Annual report on the working of the mental hospitals in the Madras Presidency - 1912-1932
Year: 1912
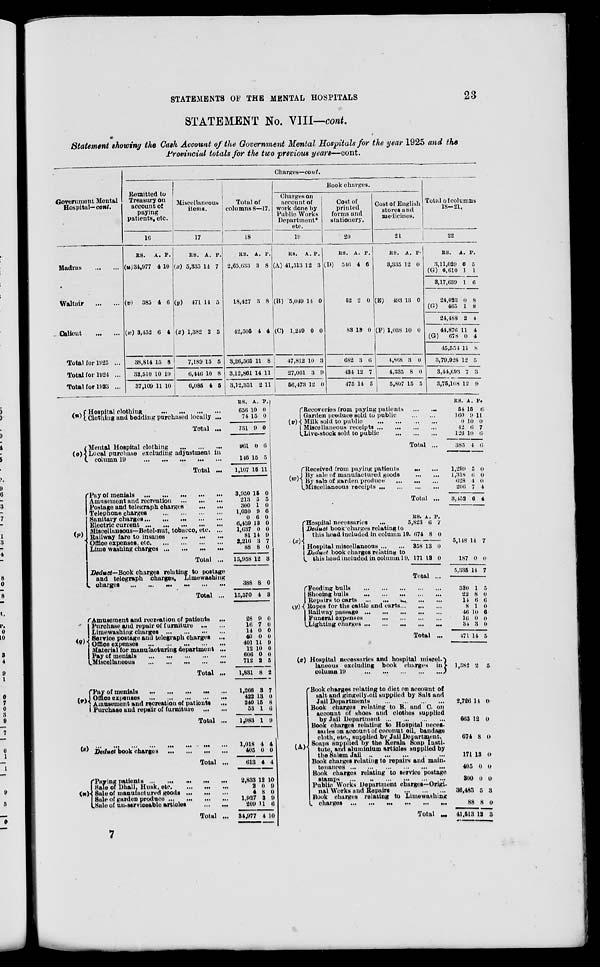
STATEMENTS OF THE MENTAL HOSPITALS
23
STATEMENT No. VIII—cont.
Statement showing the Cash Account of the Government Mental Hospitals for the year 1925 and the
Provincial totals for the two previous years—cont.
Government Mental
Hospital— cont.
Madras
...
...
Waltair ... ...
Calicut
...
...
Total for 1925 ...
Total for 1924 ...
Total for 1923 ...
Charges—cont.
Remitted to
Treasury on
account of
paying
patients, etc.
16
RS.
(u) 34,977
A.
4
P.
10
(v)
385 4 6
(w) 3,452 6 4
38,814
32,510
37,109
15
10
11
8
10
10
Miscellaneous
items.
17
RS.
(x) 5,335
A.
14
P.
7
(y)
471
14
5
(z) 1,382 2 5
7,189
6,446
6,085
15
10
4
5
8
5
Total of
columns 8—17.
18
RS.
2,65,633
A.
3
P.
8
18,427 3 8
12,505 4 4
3,26,565
3,12,861
3,12,351
11
14
2
8
11
11
Book charges.
Charges on
account of
work done by
Public Works
Department*
etc.
19
RS.
(A) 41,513
A.
12
P.
3
(B) 5,049 14 0
(C) 1,240 0 0
47,812
27,061
56,473
10
3
12
3
9
0
Cost of
printed
forms and
stationery.
20
RS.
(D)
546
A.
4
P.
6
52 2 0
83 13 0
682
434
475
3
12
14
6
7
5
Cost of English
stores and
medicines.
21
RS.
3,335
A.
12
P.
0
(E)
493 13 0
(F) 1,038 10 0
4,868
4,335
5,807
3
8
15
0
0
5
Total of columns
18—21.
22
RS.
3,11,029
(G) 6,610
3,17,639
24,023
(G)
465
24,488
44,876
(G)
678
45,554
3,79,928
3,44,693
8,75,108
A.
0
1
1
0
1
2
11
6
11
12
7
12
P.
5
1
6
8
8
4
4
4
8
5
3
9
(n)
(o)
(p)
(q)
Hospital clothing
...
...
...
...
Clothing and bedding purchased locally ...
Total ...
Mental Hospital clothing
...
...
...
Local purchase excluding adjustment in
column 19
...
...
...
...
...
Total ...
Pay of menials
...
...
...
...
...
Amusement and recreation
...
...
...
Postage and telegraph charges
...
...
Telephone charges
...
...
...
...
Sanitary charges
...
...
...
...
...
Electric current
...
...
...
...
...
Miscellaneous—Betel-nut, tobacco, etc. ...
Railway fare to insanes
...
...
...
Office expenses,
etc.
...
...
...
...
Lime washing charges
...
...
...
...
Total ...
Deduct—Book
charges relating to postage
and telegraph
charges,
Limewashing
charges
...
...
...
...
...
...
...
Total ...
Amusement and recreation of patients ...
Purchase and repair of furniture
...
...
Limewashing charges
...
...
...
...
Service postage and telegraph charges
...
Office expenses
...
...
...
...
Material for manufacturing department ...
Pay of menials
...
...
...
...
...
Miscellaneous
...
...
...
...
...
Total ...
RS.
656
74
731
961
146
1,107
3,950
213
300
1,030
0
6,439
1,637
81
2,216
88
15,958
388
15,570
28
16
14
40
401
12
606
712
1,831
A.
10
15
9
0
l5
15
15
0
1
0
6
13
0
14
3
8
12
8
4
9
7
0
0
11
10
0
2
8
P.
0
0
0
6
5
11
0
5
0
6
0
0
0
9
7
0
3
0
3
0
0
0
0
9
0
0
5
2
(r)
(s)
(n)
Pay of menials
...
...
...
...
...
Office expenses
...
...
...
...
...
Amusement and recreation of patients ...
Purchase and repair of furniture
...
...
Total ...
...
...
...
...
...
...
...
Deduct book charges
...
...
...
...
Total ...
Paying patients
...
...
...
...
...
Sale of Dhall. Husk, etc
...
...
...
Sale of manufactured goods
...
...
...
Sale of garden produce
...
...
...
...
Sale of un-serviceable articles
...
...
Total ...
1,266
422
240
53
1,983
1,018
405
613
2,833
2
4
1,927
209
34,977
3
13
15
1
1
4
0
4
12
0
8
3
11
4
7
0
8
6
9
4
0
4
10
0
0
0
6
10
(v)
(w)
Recoveries from paying patients
...
...
Garden produce sold to public
...
...
Milk sold to public
...
...
...
...
Miscellaneous receipts ... ... ... ...
Live-stock sold to public
...
...
...
Total ...
Received from paying patients
... ...
By sale of manufactured goods
...
...
By sale of garden produce
...
...
...
Miscellaneous receipts
...
...
...
...
Total ...
RS.
54
160
0
42
126
385
1,299
1,318
628
206
3,452
A.
15
9
10
6
10
4
5
6
4
7
6
P.
6
11
0
7
6
6
0
0
0
4
4
(x)
Hospital necessaries ...
Deduct book charges relating to
this head included in column
Hospital miscellaneous
...
...
Deduct book charges relating to
this head included in column 19
RS.
5,823
19,674
A.
6
8
P.
7
0
358
171
13
13
0
0
Total ...
5,148 14 7
187
5,335
0
14
0
7
(y) Feeding bulls ... ... ... ... ...
Shoeing bulls
...
...
...
...
...
Repairs to carts
...
...
...
...
...
Ropes for the cattle and carts
...
...
...
Railway passage
...
...
...
...
...
Funeral
expenses
...
...
...
...
Lighting charges
...
...
...
...
...
Total ...
(z) Hospital necessaries and hospital miscel-
laneous excluding
book
charges
in
column
19
...
...
...
...
...
...
Book charges relating to diet on account of
salt and gingelly-oil supplied by Salt and
Jail Departments
...
...
...
...
(A)
Book
charges relating to B. and C. on
account of shoes and clothes supplied
by Jail Department
...
...
...
...
...
Book charges relating to Hospital neces-
saries on account of coconut oil, bandage
cloth, etc., supplied by Jail Department.
Soaps supplied by the Kerala Soap Insti-
tute, and aluminium articles supplied by
the Salem Jail
...
...
...
...
...
Book charges relating to repairs and main-
tenances
...
...
...
...
...
...
Book charges relating to service postage
stamps
...
...
...
...
...
...
Public Works Department charges—Origi-
nal Works and Repairs
...
...
...
Book charges relating to Limewashing
charges
...
...
...
...
...
...
Total
...
330
22
14
8
46
16
34
471
1,382
2,726
663
674
171
405
300
36,483
88
41,513
1
8
6
1
10
9
3
14
2
14
12
8
13
0
0
5
8
12
5
0
6
0
6
0
0
5
5
0
0
0
0
0
0
3
0
3
7